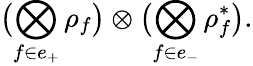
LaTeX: \bigl(\bigotimes_{f\in e_{+}}\rho_{f}\bigr)\otimes\bigl(\bigotimes_{f\in e_{-}}\rho_{f}^{\ast}\bigr).